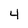
Character: 4